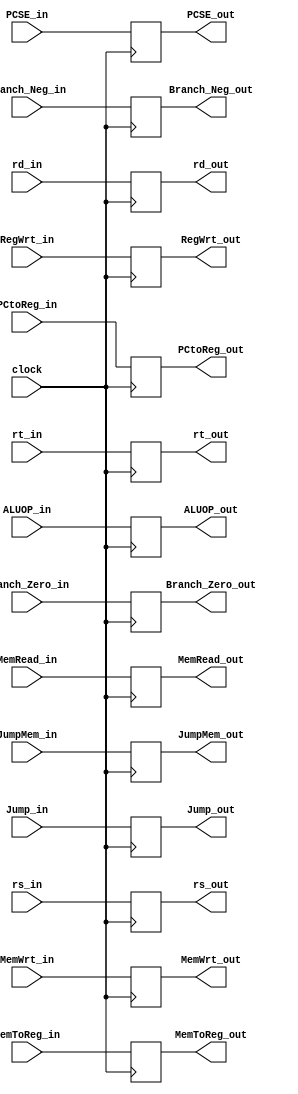
`timescale 1ns / 1ps
//////////////////////////////////////////////////////////////////////////////////
// Company: 
// Engineer: 
// 
// Design Name: 
// Module Name: IDEX_buffer
// Project Name: 
// Target Devices: 
// Tool Versions: 
// Description: 
// 
// Dependencies: 
// 
// Revision:
// Revision 0.01 - File Created
// Additional Comments:
// 
//////////////////////////////////////////////////////////////////////////////////


module IDEX_buffer(clock, RegWrt_in, MemToReg_in, PCtoReg_in, Branch_Neg_in, Branch_Zero_in, Jump_in, 
                   JumpMem_in, ALUOP_in, MemRead_in, MemWrt_in, rs_in, rt_in, rd_in, PCSE_in, RegWrt_out,
                   MemToReg_out, PCtoReg_out, Branch_Neg_out, Branch_Zero_out, Jump_out, JumpMem_out,
                   ALUOP_out, MemRead_out, MemWrt_out, rs_out, rt_out, rd_out, PCSE_out);
input clock;

input RegWrt_in, MemToReg_in, PCtoReg_in, Branch_Neg_in, Branch_Zero_in, Jump_in, JumpMem_in, MemRead_in, MemWrt_in;
input [3:0] ALUOP_in;
input [31:0] rs_in, rt_in, PCSE_in;
input [5:0] rd_in;

output reg RegWrt_out, MemToReg_out, PCtoReg_out, Branch_Neg_out, Branch_Zero_out, Jump_out, JumpMem_out, MemRead_out, MemWrt_out;
output reg [3:0] ALUOP_out;
output reg [31:0] rs_out, rt_out, PCSE_out;
output reg [5:0] rd_out;

always@(posedge clock)
begin
    RegWrt_out = RegWrt_in;
    MemToReg_out = MemToReg_in;
    PCtoReg_out = PCtoReg_in;
    Branch_Neg_out = Branch_Neg_in;
    Branch_Zero_out = Branch_Zero_in;
    Jump_out = Jump_in;
    JumpMem_out = JumpMem_in;
    MemRead_out = MemRead_in;
    MemWrt_out = MemWrt_in;
    ALUOP_out = ALUOP_in;
    rs_out = rs_in;
    rt_out = rt_in;
    PCSE_out = PCSE_in;
    rd_out = rd_in;
end
endmodule